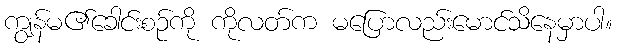
ကျွန်မ၏ခေါင်းစဉ်ကို ကိုလတ်က မပြောလည်းမောင်သိနေမှာပါ။